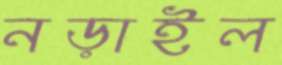
নড়াইল